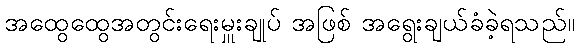
အထွေထွေအတွင်းရေးမှူးချုပ် အဖြစ် အရွေးချယ်ခံခဲ့ရသည်။